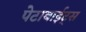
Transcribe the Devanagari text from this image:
पेटाबाईट्स